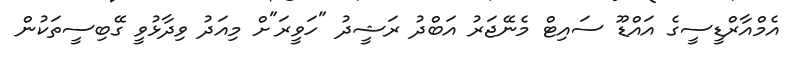
އެމްއާރްޑީސީގެ އައްޑޫ ސައިޓް މެނޭޖަރު އަބްދު ރަޝީދު "ހަވީރަ"ށް މިއަދު ވިދާޅުވީ ގޭބިސީތަކުން